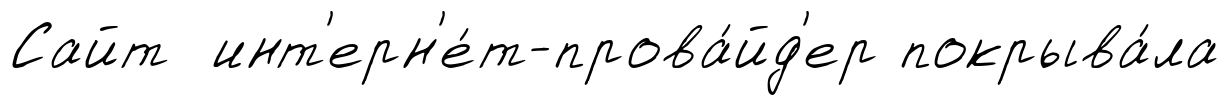
Сайт инт'ерн'е́т-прова́йд'ер покрыва́ла